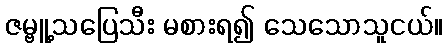
ဇမ္ဗူ့သပြေသီး မစားရ၍ သေသောသူငယ်။